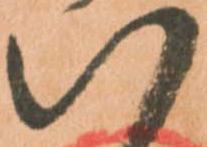
八